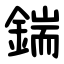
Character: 鍴